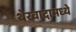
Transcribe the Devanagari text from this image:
थेरवादामध्ये